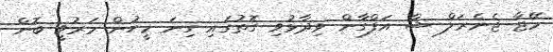
މޭޖާ ޖެނެރަލް ޝާ އަފްގާން ވިދާޅުވި ގޮތުގައި ގިނަ މީހުން މަރުވީ ބޮން